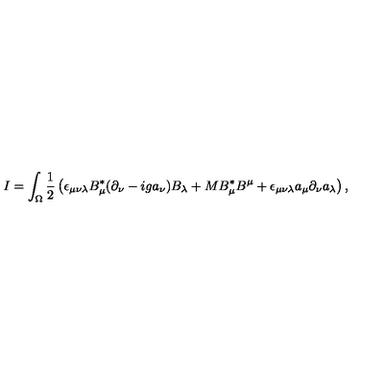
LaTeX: I = \int _ { \Omega } \frac { 1 } { 2 } \left( \epsilon _ { \mu \nu \lambda } B _ { \mu } ^ { * } ( \partial _ { \nu } - i g a _ { \nu } ) B _ { \lambda } + M B _ { \mu } ^ { * } B ^ { \mu } + \epsilon _ { \mu \nu \lambda } a _ { \mu } \partial _ { \nu } a _ { \lambda } \right) ,